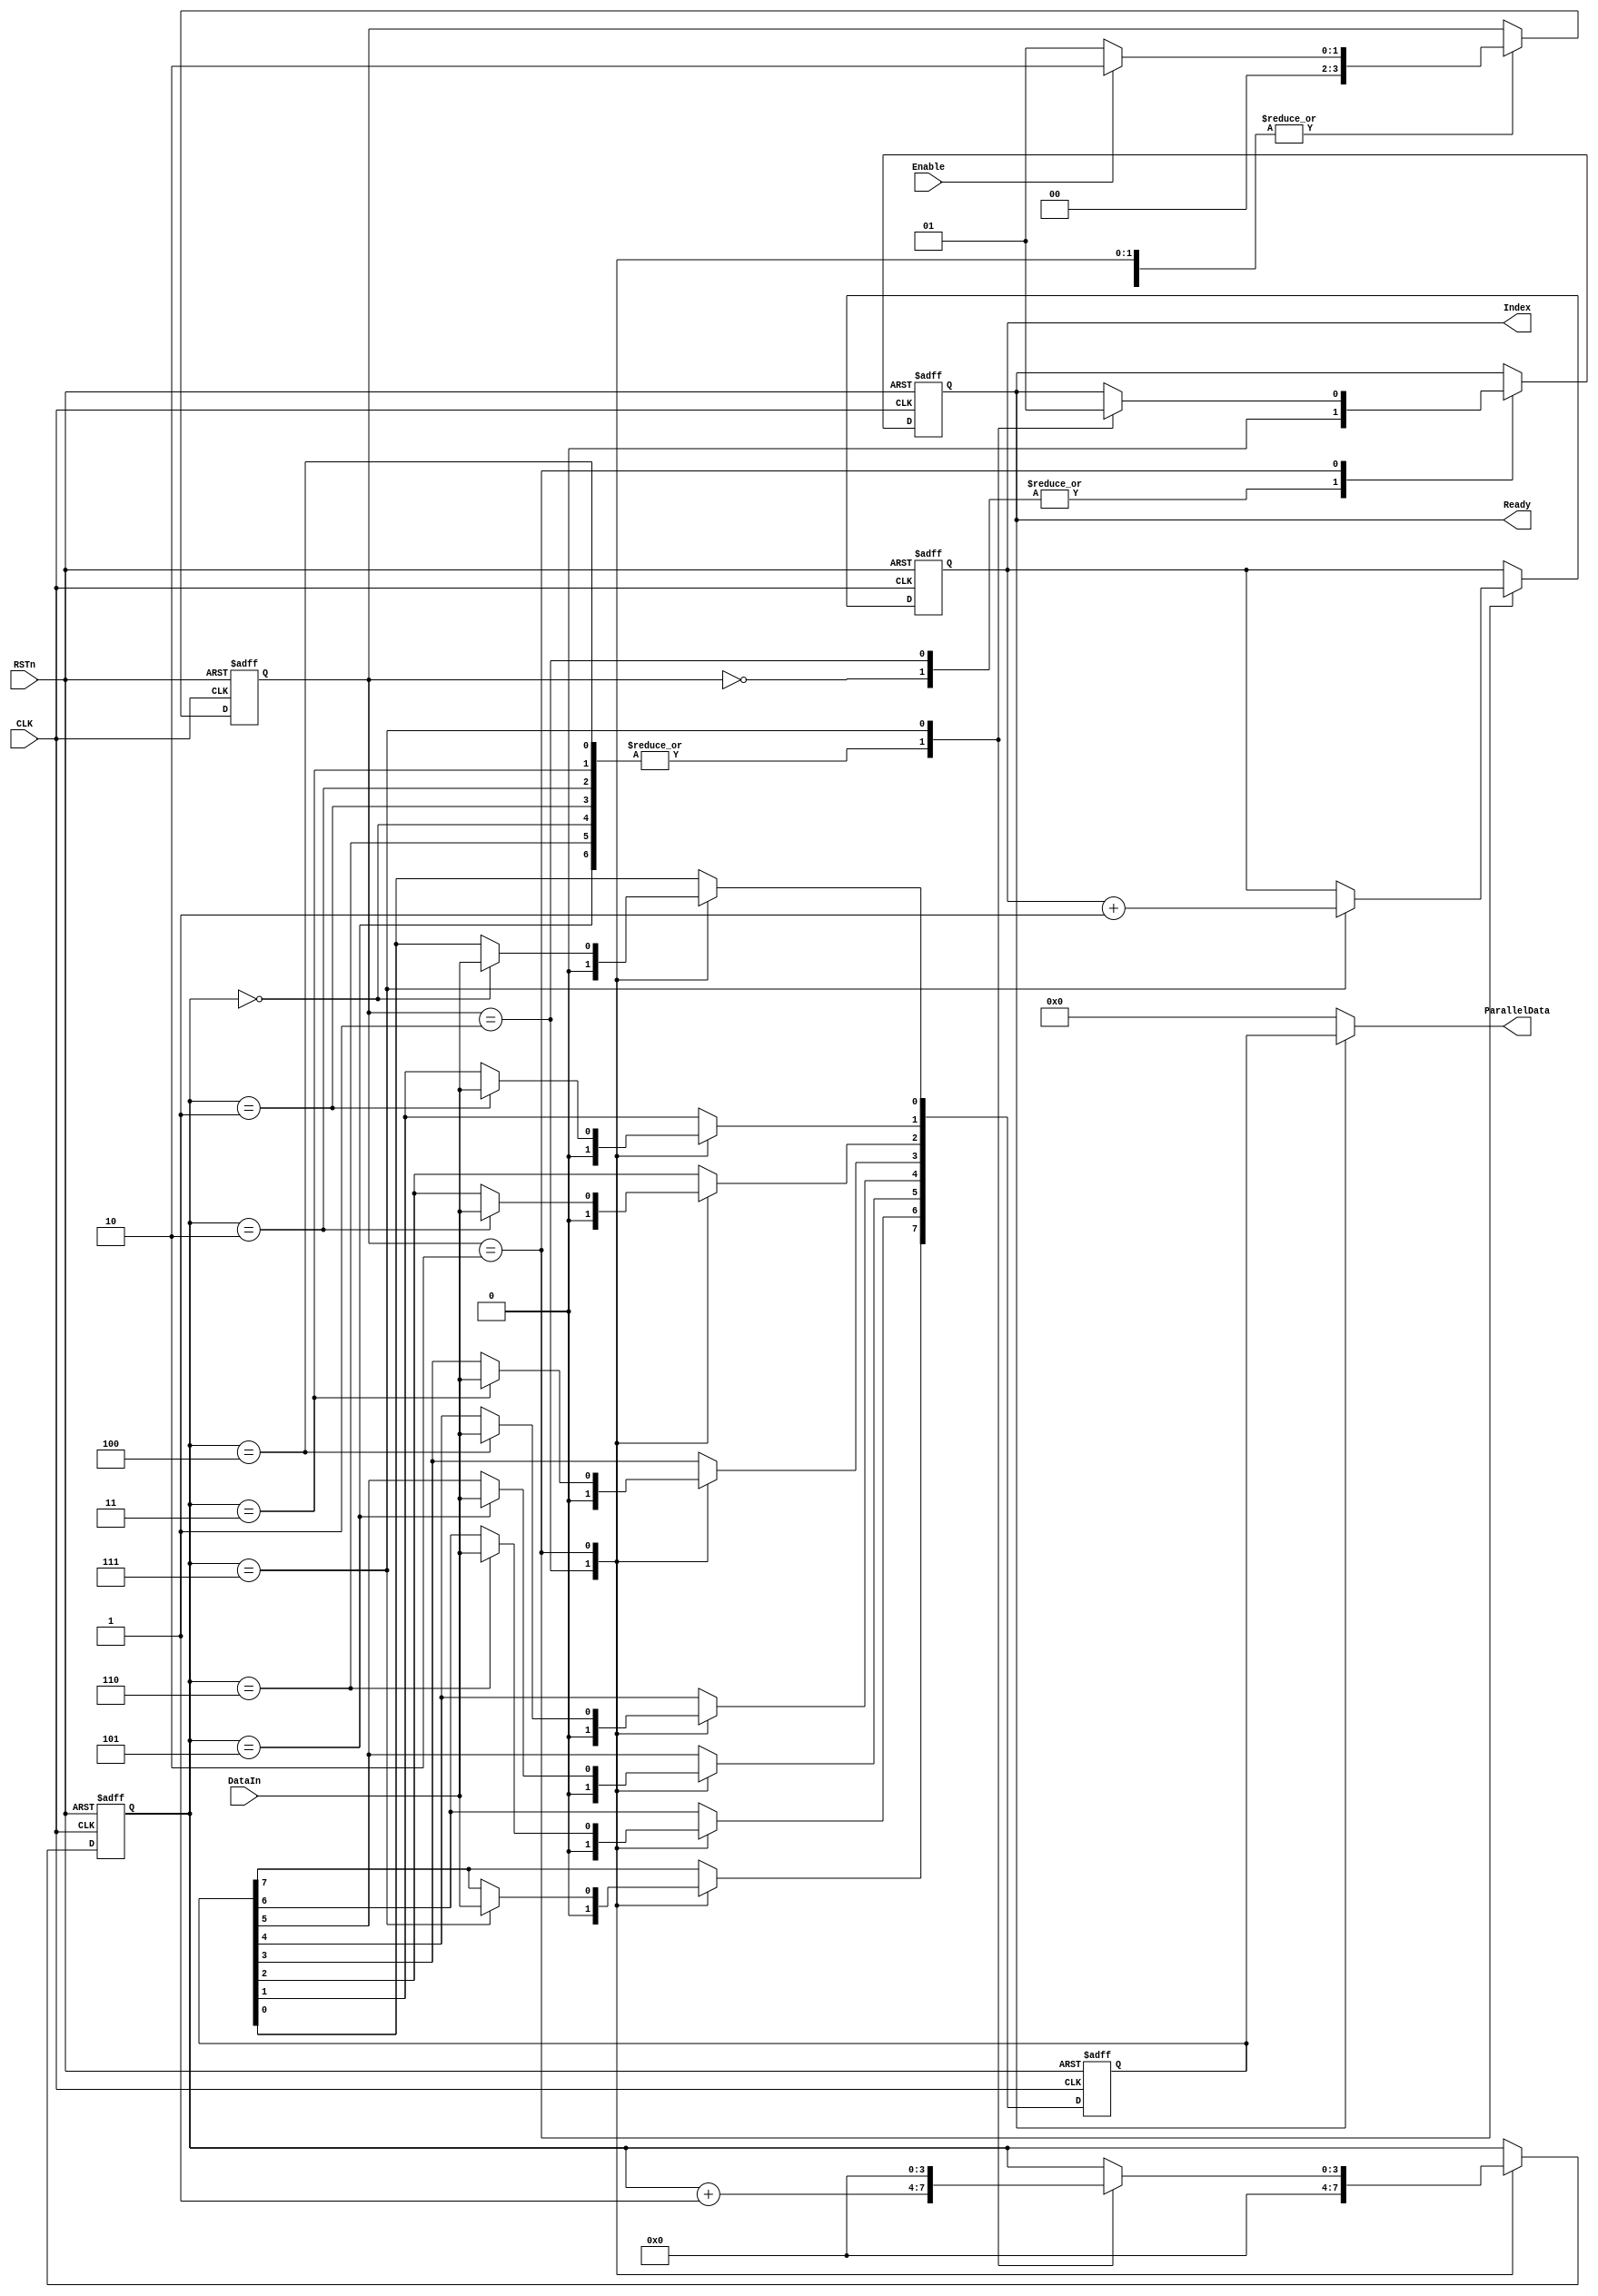
module SerialToParallel(
    input         CLK,    //
    input         RSTn,    //
    input         Enable,    //
    input         DataIn,    //
    output reg    Ready,    //
    output[7:0]   Index,    //
    output[7:0]   ParallelData    //
    );
    
    reg[7:0]    Data_Temp;    //
    reg[3:0]    counter;    //
    reg[3:0]    state;        //
    reg[7:0]    Index_Temp;    //
    
    assign    Index=Index_Temp;
    assign    ParallelData=Ready?Data_Temp:8'd0;
    
    ////////////////////////////////////////
    //state:
    //4'd0: 
    //
    //4'd1:
    //
    //4'd2:
    //
    
always@(posedge CLK or negedge RSTn)
    if(!RSTn) begin
        state<=4'd0;        //
        Ready<=0;
        counter<=4'd0;
        Data_Temp<=8'd0;
        Index_Temp<=8'd0;
     end else begin
        case(state)
            4'd0:begin
                if(!Enable)state<=4'd1;
                else state<=4'd2;
                Ready<=0;
            end
            4'd1:begin
                if(!Enable)state<=4'd1;
                else state<=4'd2;
                Ready<=0;
                counter<=4'd0;
                Data_Temp<=8'd0;
            end
            4'd2:begin
                if(!Enable)state<=4'd1;
                else state<=4'd2;
                case(counter)
                    4'd0:begin 
                        Data_Temp[0]<=DataIn;
                        counter<=counter + 1'b1;
                        Ready<=0;
                    end
                    4'd1:begin 
                        Data_Temp[1]<=DataIn;
                        counter<=counter + 1'b1;
                        Ready<=0;
                    end
                    4'd2:begin 
                        Data_Temp[2]<=DataIn;
                        counter<=counter + 1'b1;
                        Ready<=0;
                    end
                    4'd3:begin 
                        Data_Temp[3]<=DataIn;
                        counter<=counter + 1'b1;
                        Ready<=0;
                    end
                    4'd4:begin 
                        Data_Temp[4]<=DataIn;
                        counter<=counter + 1'b1;
                        Ready<=0;
                    end
                    4'd5:begin 
                        Data_Temp[5]<=DataIn;
                        counter<=counter + 1'b1;
                        Ready<=0;
                    end
                    4'd6:begin 
                        Data_Temp[6]<=DataIn;
                        counter<=counter + 1'b1;
                        Ready<=0;
                    end
                    4'd7:begin 
                        Data_Temp[7]<=DataIn;
                        counter<=4'd0;
                        Index_Temp<=Index_Temp + 1'b1;
                        Ready<=1'b1;
                    end
                endcase
            end
        endcase
    end
endmodule